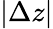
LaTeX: |\Delta z|